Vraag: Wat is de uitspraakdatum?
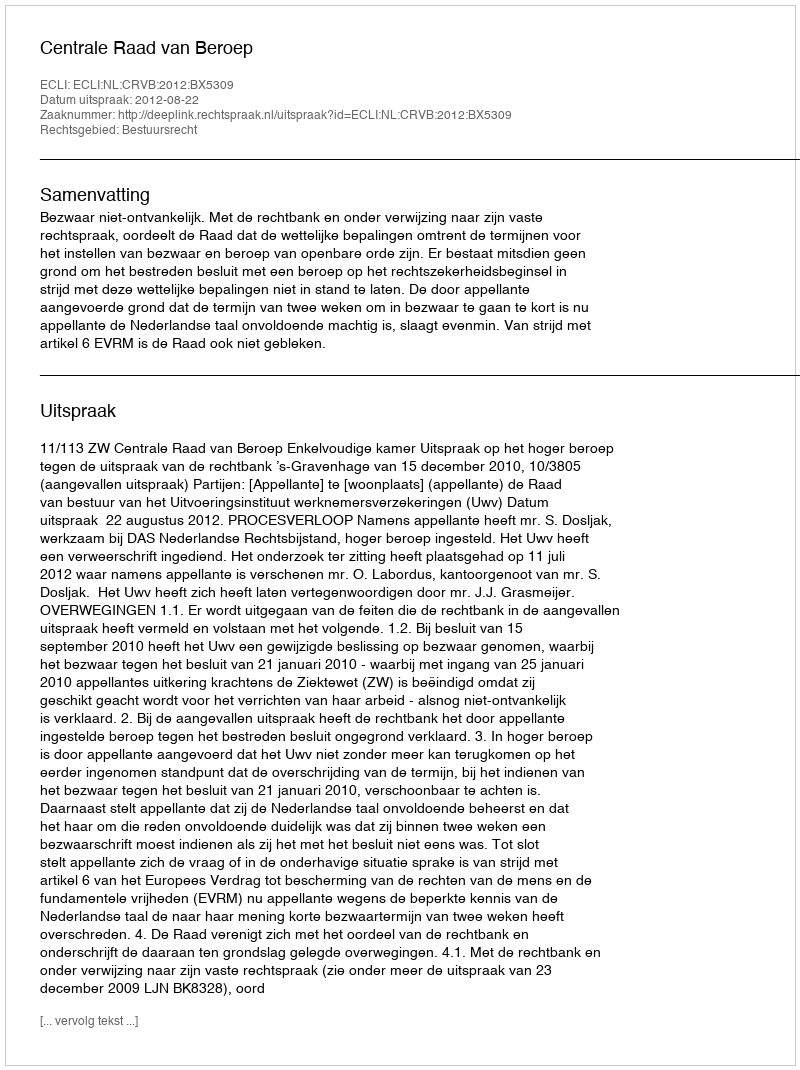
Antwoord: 2012-08-22